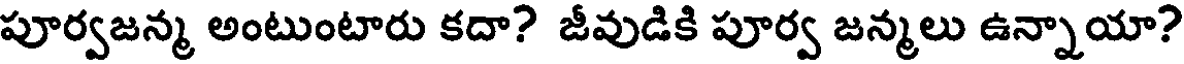
పూర్వజన్మ అంటుంటారు కదా? జీవుడికి పూర్వ జన్మలు ఉన్నాయా?